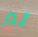
لم